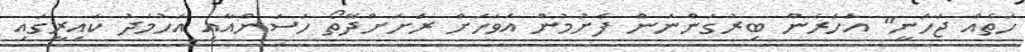
ހަތެއް ޖަހަނީ" އަހަރެން ބިރުގަންނަން ފެށުމުން އަވަހަށް ރަށަށްދޭތޯ ހަސަންއާއި އަހުމަދު ކައިރީގައި